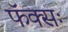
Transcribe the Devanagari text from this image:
फॅक्सः